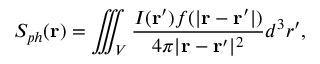
S _ { p h } ( { \bf r } ) = \iiint _ { V } \frac { I ( { \bf r ^ { \prime } } ) f ( | { \bf r - \bf r ^ { \prime } } | ) } { 4 \pi | { \bf r - \bf r ^ { \prime } } | ^ { 2 } } d ^ { 3 } r ^ { \prime } ,